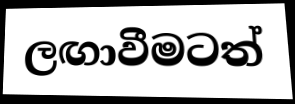
ලඟාවීමටත්